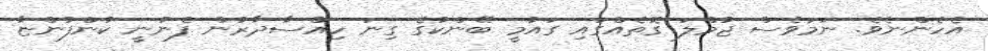
އެހެންނެވެ. ނަމަވެސް ޖުމްލަ ގޮތެއްގައި ގައުމީ ބޭންކުގެ ގިނަ ހިއްސާދާރުން ފެނުނީ ކުންފުންޏާ